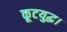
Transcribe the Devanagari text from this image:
कूटयुद्ध।